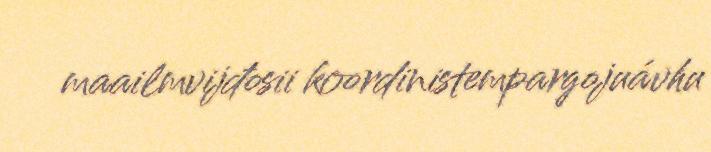
maailmvijđosii koordinistempargojuávhu